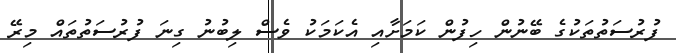
ފުރުސަތުތަކުގެ ބޭނުން ހިފުން ކަމަށާއި އެކަމަކު ވެސް ލިބުނު ގިނަ ފުރުސަތުތައް މިރޭ